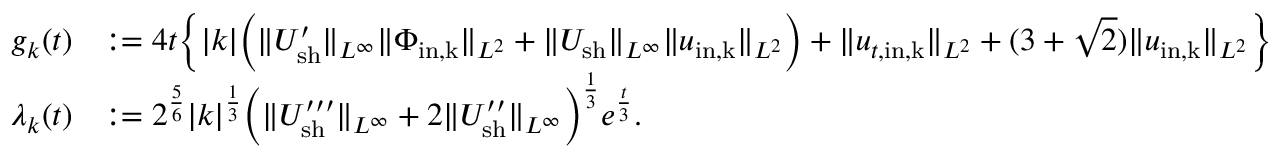
\begin{array} { r l } { g _ { k } ( t ) } & { : = 4 t \Big \{ | k | \Big ( \| U _ { \mathrm { s h } } ^ { \prime } \| _ { L ^ { \infty } } \| \Phi _ { \mathrm { i n , k } } \| _ { L ^ { 2 } } + \| U _ { \mathrm { s h } } \| _ { L ^ { \infty } } \| u _ { \mathrm { i n , k } } \| _ { L ^ { 2 } } \Big ) + \| u _ { t , \mathrm { i n , k } } \| _ { L ^ { 2 } } + ( 3 + \sqrt { 2 } ) \| u _ { \mathrm { i n , k } } \| _ { L ^ { 2 } } \Big \} } \\ { \lambda _ { k } ( t ) } & { : = 2 ^ { \frac { 5 } { 6 } } | k | ^ { \frac { 1 } { 3 } } \Big ( \| U _ { \mathrm { s h } } ^ { \prime \prime \prime } \| _ { L ^ { \infty } } + 2 \| U _ { \mathrm { s h } } ^ { \prime \prime } \| _ { L ^ { \infty } } \Big ) ^ { \frac { 1 } { 3 } } e ^ { \frac { t } { 3 } } . } \end{array}